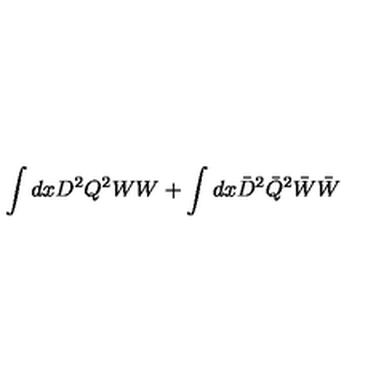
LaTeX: \int { d x D ^ { 2 } Q ^ { 2 } } W W + \int { d x \bar { D } ^ { 2 } \bar { Q } ^ { 2 } } \bar { W } \bar { W }